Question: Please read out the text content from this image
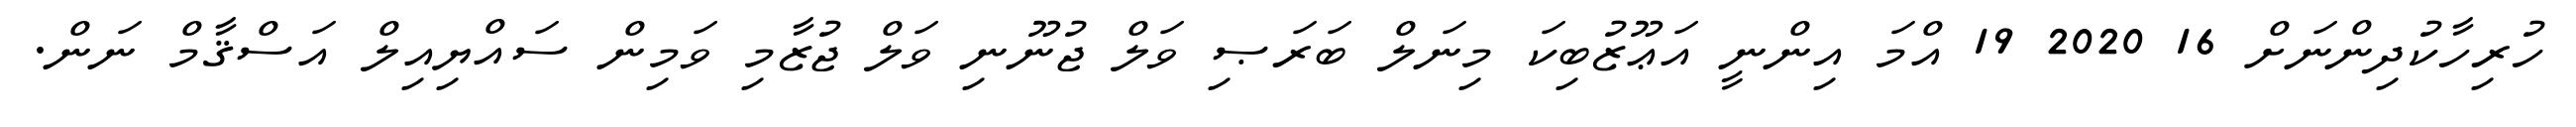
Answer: ހުރިހާކުދިންނަށް 16 2020 19 އްމަ އިންނީ އަޢޫޒުބިކަ މިނަލް ބަރަޞި ވަލް ޖުނޫނި ވަލް ޖުޒާމި ވަމިން ސައްޔިއިލް އަސްޤާމް ނަން.